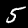
Label: 5